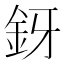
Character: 釾